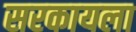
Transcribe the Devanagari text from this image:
सरकायला